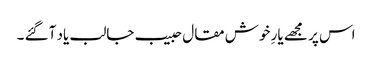
اس پر مجھے یارِ خوش مقال حبیب جالب یاد آگئے ۔